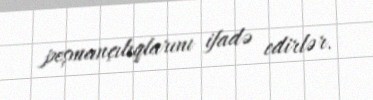
peşmançılıqlarını ifadə edirlər.